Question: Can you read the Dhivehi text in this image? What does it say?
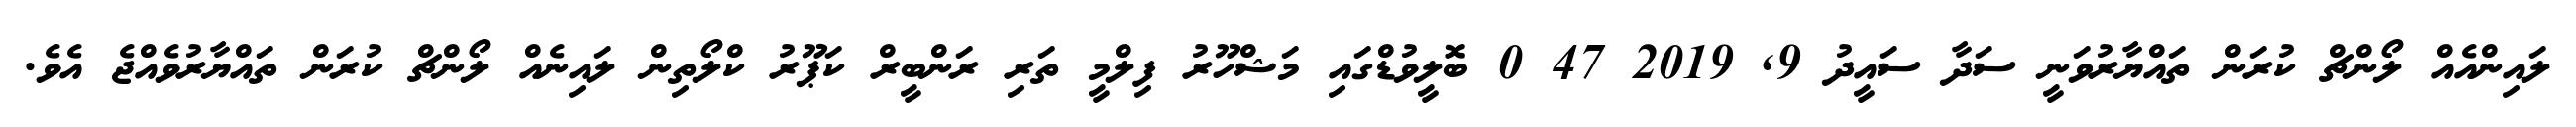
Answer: ލައިންއެއް ލޯންޗް ކުރަން ތައްޔާރުވަނީ ސަދާ ސައީދު 9, 2019 47 0 ބޮލީވުޑްގައި މަޝްހޫރު ފިލްމީ ތަރި ރަންބީރް ކަޕޫރު ކްލޯތިން ލައިނެއް ލޯންޗް ކުރަން ތައްޔާރުވެއްޖެ އެވެ.